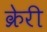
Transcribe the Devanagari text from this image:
क्रेरी